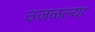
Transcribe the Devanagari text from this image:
उजळल्या